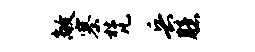
敞寨梵兵臆